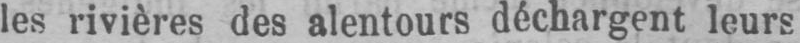
les rivières des alentours déchargent leurs